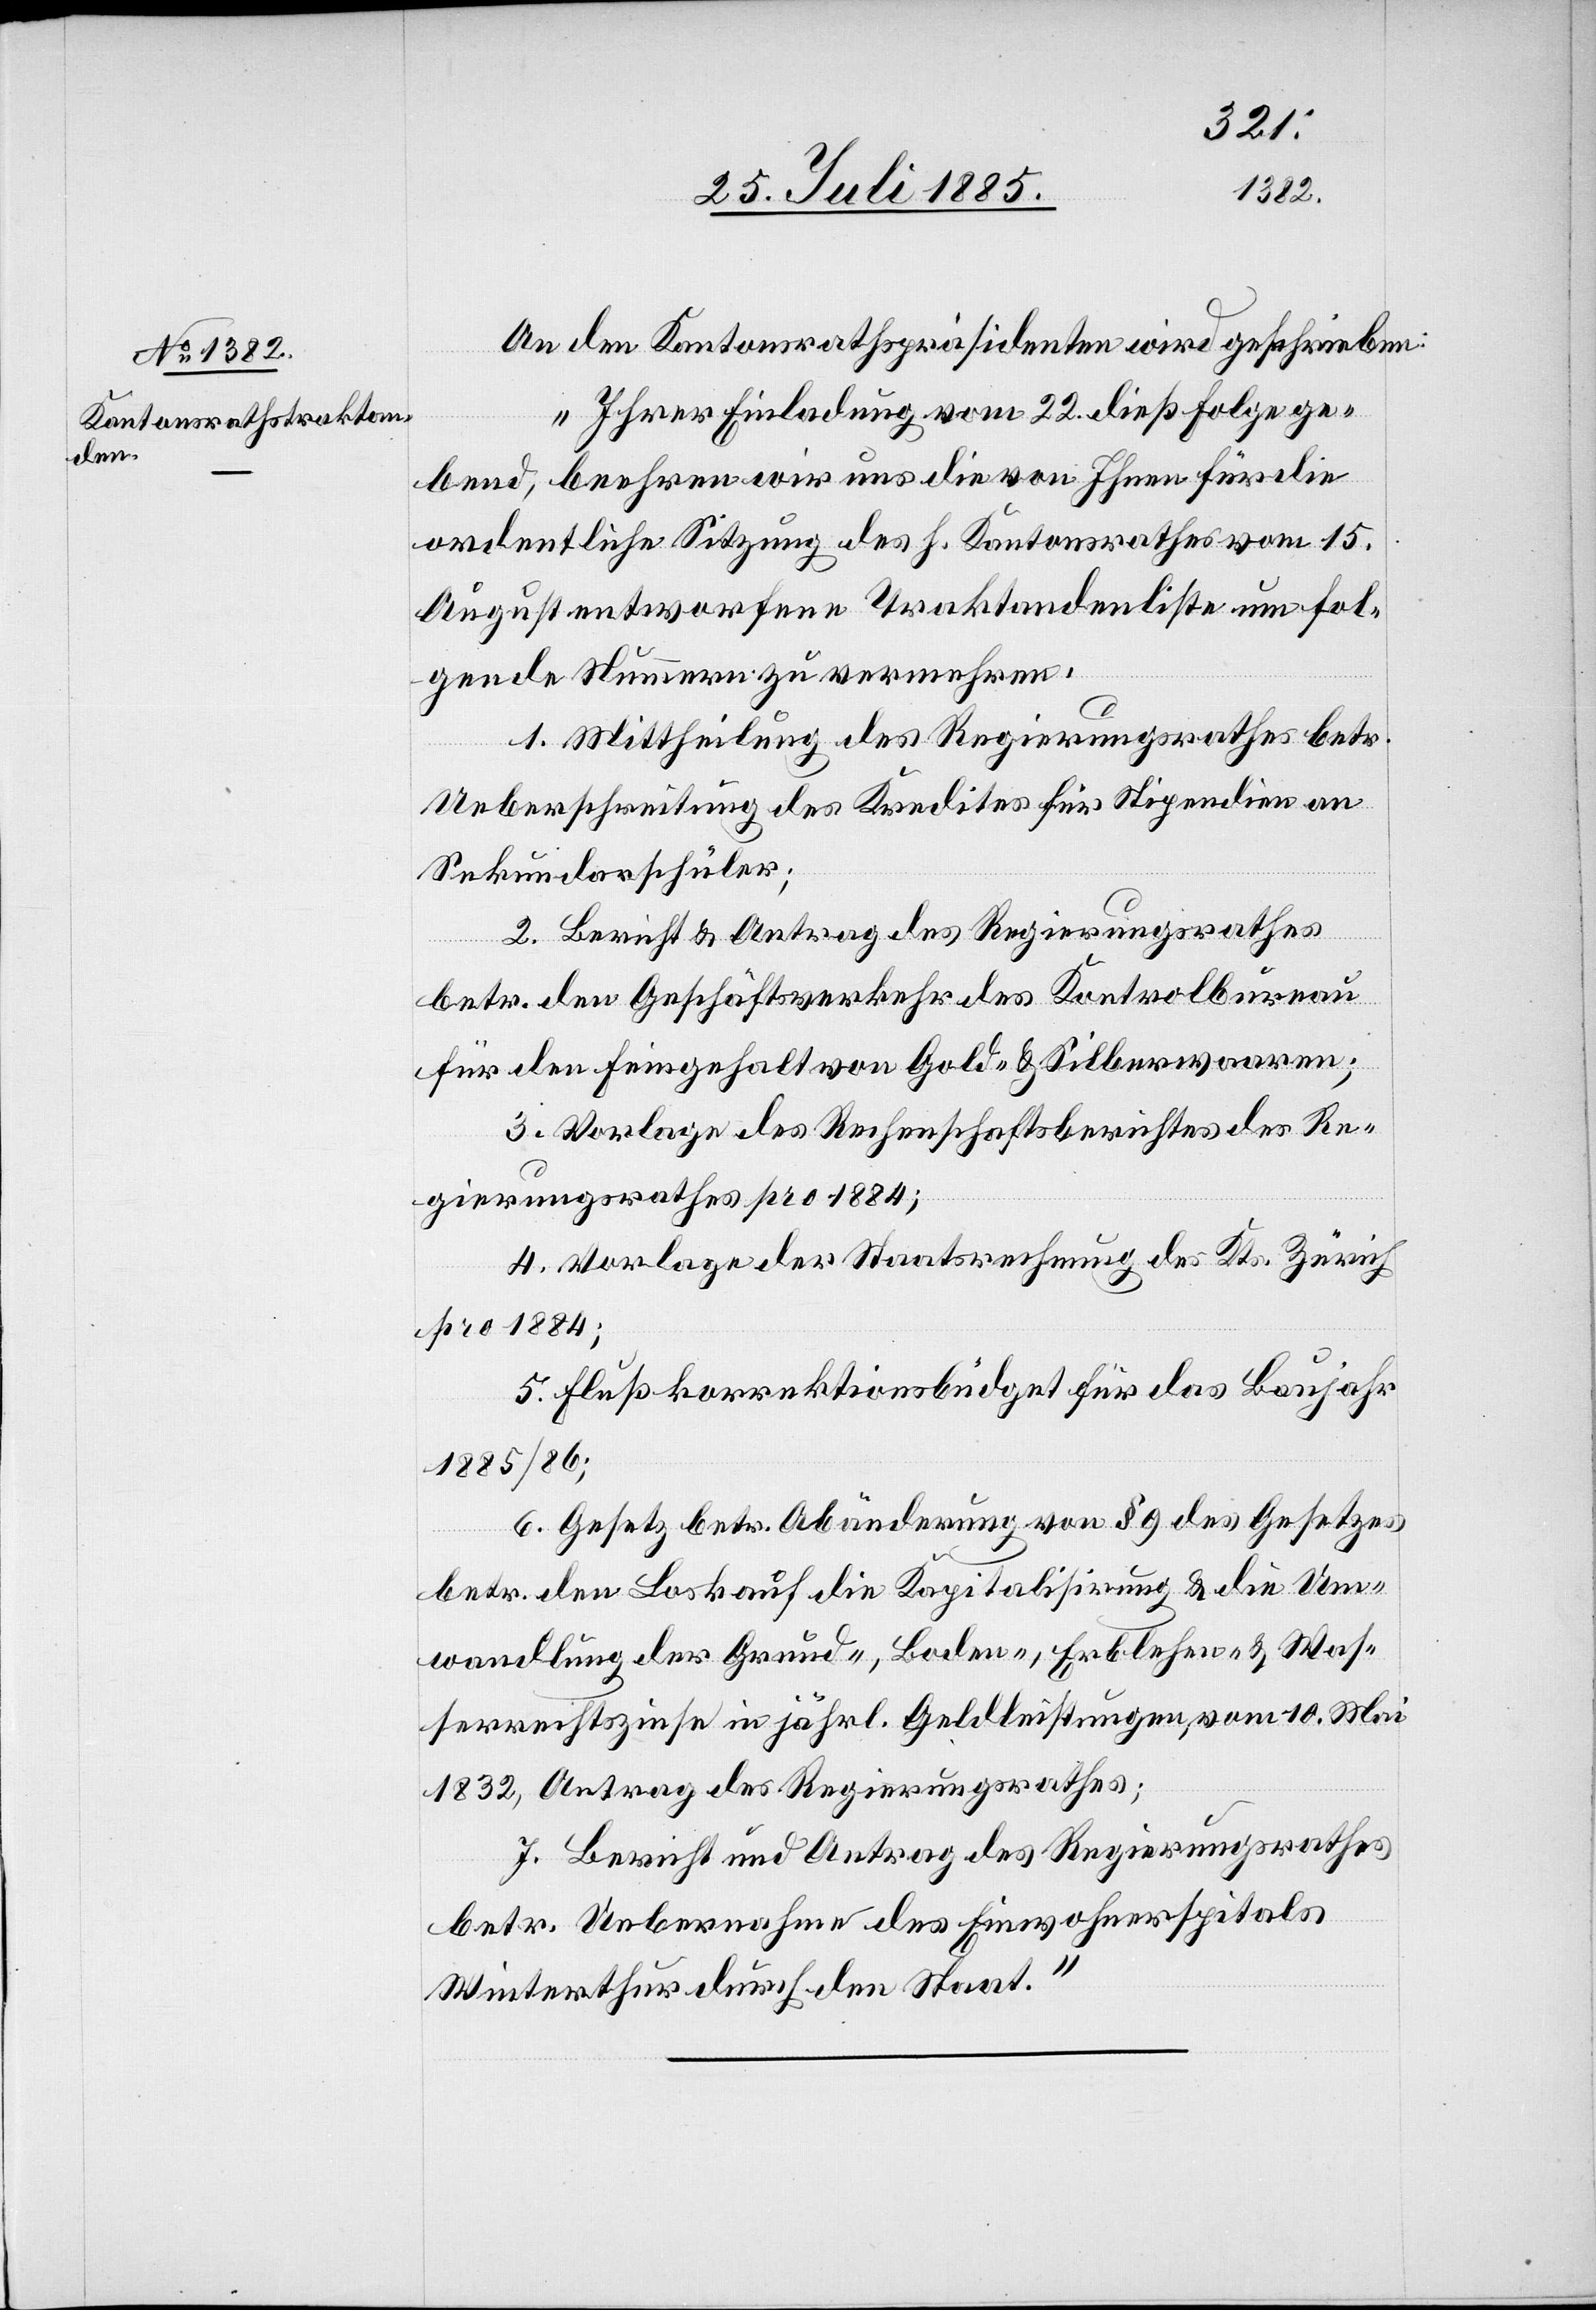
An den Kantonsrathspräsidenten wird geschrieben:
„Ihrer Einladung vom 22. dieß Folge ge¬
bend, beehren wir uns die von Ihnen für die
ordentliche Sitzung des h. Kantonsrathes vom 15.
August entworfenen Traktandenliste um fol¬
gende Nummern zu vermehren.
1. Mittheilung des Regierungsrathes betr.
Ueberschreitung des Kredites für Stipendien an
Sekundarschüler.
2. Bericht & Antrag des Regierungsrathes
betr. den Geschäftsverkehr des Kontrolbureau
für den Feingehalt von Gold- & Silberwaaren;
3. Vorlage des Rechenschaftsberichtes des Re¬
gierungsrathes pro 1884;
4. Vorlage der Staatsrechnung des Kts. Zürich
pro 1884;
5. Flußkorrektionsbüdget für das Baujahr
1885/86;
6. Gesetz betr. Abänderung von § 9 des Gesetzes
betr. den Loskauf[,] die Kapitalisierung & die Um¬
wandung der Grund-, & Boden-, Erblehen- & Was¬
serrechtszinse in jährl. Geldleistungen, vom 10. Mai
1832, Antrag des Regierungsrathes;
7. Bericht und Antrag des Regierungsrathes
betr. Uebernahme des Einwohnerspitals
Winterthur durch den Staat.“